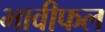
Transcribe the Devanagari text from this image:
भावीफल